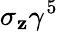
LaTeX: \sigma_{\mathbf{z}}\gamma^{5}